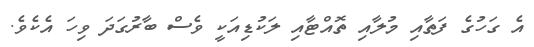
އެ ގަހުގެ ފަތާއި މުލާއި ތޮއްޓާއި ލަކުޑިއަކީ ވެސް ބާރުގަދަ ވިހަ އެކެވެ.